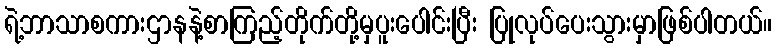
ရဲ့ဘာသာစကားဌာနနဲ့စာကြည့်တိုက်တို့မှပူးပေါင်းပြီး ပြုလုပ်ပေးသွားမှာဖြစ်ပါတယ်။